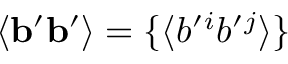
\langle { { \bf { b } } ^ { \prime } { \bf { b } } ^ { \prime } } \rangle = \{ { \langle { b ^ { \prime } { } ^ { i } b ^ { \prime } { } ^ { j } } \rangle } \}